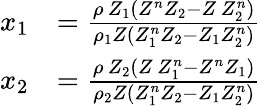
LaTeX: \begin{array}{rl}{x_{1}}&{=\frac{\rho\, Z_{1}\left(Z^{n}Z_{2}-Z\, Z_{2}^{n}\right)}{\rho_{1}Z\left(Z_{1}^{n}Z_{2}-Z_{1}Z_{2}^{n}\right)}}\\ {x_{2}}&{=\frac{\rho\, Z_{2}\left(Z\, Z_{1}^{n}-Z^{n}Z_{1}\right)}{\rho_{2}Z\left(Z_{1}^{n}Z_{2}-Z_{1}Z_{2}^{n}\right)}}\end{array}